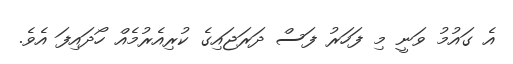
އެ ގައުމު ވަނީ މި ފަހަރު ފަސް ދަރަޖައިގެ ކުރިއެރުމެއް ހޯދައިފަ އެވެ.